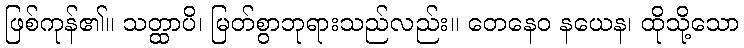
ဖြစ်ကုန်၏။ သတ္ထာပိ၊ မြတ်စွာဘုရားသည်လည်း။ တေနေဝ နယေန၊ ထိုသို့သော